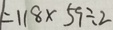
= 1 1 8 \times 5 9 \div 2